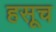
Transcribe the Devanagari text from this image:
हसूच